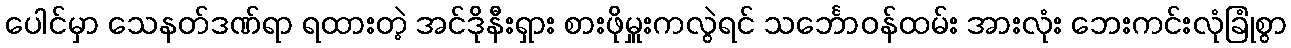
ပေါင်မှာ သေနတ်ဒဏ်ရာ ရထားတဲ့ အင်ဒိုနီးရှား စားဖိုမှူးကလွဲရင် သင်္ဘောဝန်ထမ်း အားလုံး ဘေးကင်းလုံခြုံစွာ